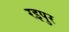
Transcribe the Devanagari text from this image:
रइपुर